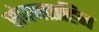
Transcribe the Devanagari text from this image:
संघनताहिन